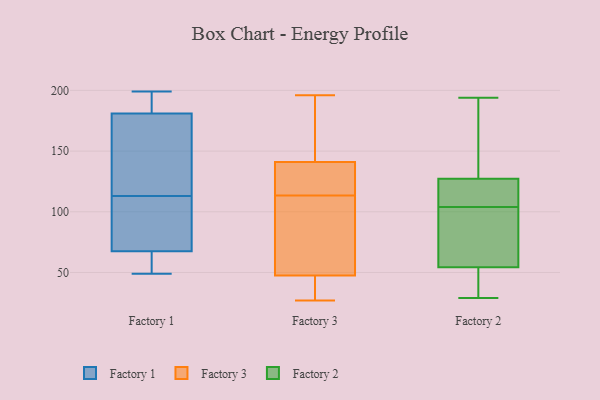
{"axis": {"x": "Budget (USD K)", "y": "Value"}, "legend": ["Factory 1", "Factory 2", "Factory 3"], "data": [{"x": "", "y": 113, "type": "Factory 1"}, {"x": "", "y": 72, "type": "Factory 1"}, {"x": "", "y": 199, "type": "Factory 1"}, {"x": "", "y": 82, "type": "Factory 1"}, {"x": "", "y": 56, "type": "Factory 1"}, {"x": "", "y": 189, "type": "Factory 1"}, {"x": "", "y": 49, "type": "Factory 1"}, {"x": "", "y": 144, "type": "Factory 1"}, {"x": "", "y": 157, "type": "Factory 1"}, {"x": "", "y": 66, "type": "Factory 1"}, {"x": "", "y": 193, "type": "Factory 1"}, {"x": "", "y": 28, "type": "Factory 3"}, {"x": "", "y": 107, "type": "Factory 3"}, {"x": "", "y": 143, "type": "Factory 3"}, {"x": "", "y": 196, "type": "Factory 3"}, {"x": "", "y": 35, "type": "Factory 3"}, {"x": "", "y": 139, "type": "Factory 3"}, {"x": "", "y": 135, "type": "Factory 3"}, {"x": "", "y": 190, "type": "Factory 3"}, {"x": "", "y": 120, "type": "Factory 3"}, {"x": "", "y": 135, "type": "Factory 3"}, {"x": "", "y": 85, "type": "Factory 3"}, {"x": "", "y": 32, "type": "Factory 3"}, {"x": "", "y": 107, "type": "Factory 3"}, {"x": "", "y": 177, "type": "Factory 3"}, {"x": "", "y": 60, "type": "Factory 3"}, {"x": "", "y": 27, "type": "Factory 3"}, {"x": "", "y": 104, "type": "Factory 2"}, {"x": "", "y": 36, "type": "Factory 2"}, {"x": "", "y": 51, "type": "Factory 2"}, {"x": "", "y": 187, "type": "Factory 2"}, {"x": "", "y": 66, "type": "Factory 2"}, {"x": "", "y": 38, "type": "Factory 2"}, {"x": "", "y": 131, "type": "Factory 2"}, {"x": "", "y": 111, "type": "Factory 2"}, {"x": "", "y": 100, "type": "Factory 2"}, {"x": "", "y": 29, "type": "Factory 2"}, {"x": "", "y": 147, "type": "Factory 2"}, {"x": "", "y": 115, "type": "Factory 2"}, {"x": "", "y": 64, "type": "Factory 2"}, {"x": "", "y": 194, "type": "Factory 2"}, {"x": "", "y": 116, "type": "Factory 2"}]}